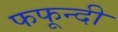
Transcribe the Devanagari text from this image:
फफून्दी